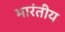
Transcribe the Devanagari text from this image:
भारंतीय